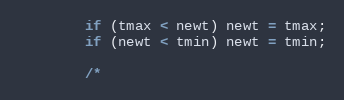
Language: Java
        if (tmax < newt) newt = tmax;
        if (newt < tmin) newt = tmin;

        /*